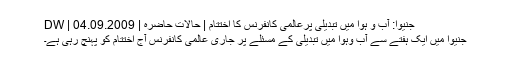
جنیوا: آب و ہوا میں تبدیلی پرعالمی کانفرنس کا اختتام | حالات حاضرہ | DW | 04.09.2009
جنيوا ميں ايک ہفتے سے آب وہوا ميں تبديلی کے مسئلے پر جاری عالمی کانفرنس آج اختتام کو پہنچ رہی ہے۔